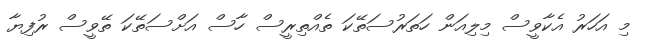
މި އަހަރު އެކާވީސް މިލިއަން ހަތަރުސަތޭކަ ތެއްތިރީސް ހާސް އަށްސަތޭކަ ތޭވީސް ރުފިޔާ